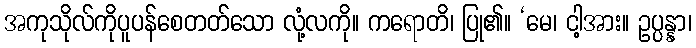
အကုသိုလ်ကိုပူပန်စေတတ်သော လုံ့လကို။ ကရောတိ၊ ပြု၏။ ‘မေ၊ ငါ့အား။ ဥပ္ပန္နာ၊